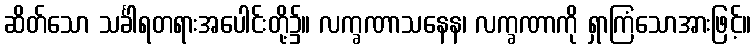
ဆိတ်သော သင်္ခါရတရားအပေါင်းတို့၌။ လက္ခဏာသနေန၊ လက္ခဏာကို ရှာကြံသောအားဖြင့်။